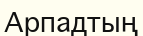
Арпадтың